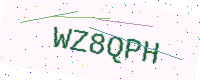
Text: WZ8QPH